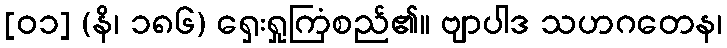
[၀၁] (နိ၊ ၁၈၆) ရှေးရှုကြံစည်၏။ ဗျာပါဒ သဟဂတေန၊